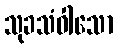
သုခသံဝါသော